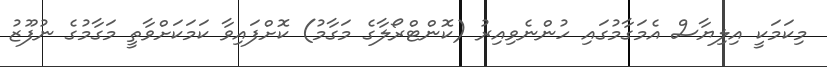
މިކަމަކީ އިލިޔާސް އެމަގާމުގައި ހުންނެވިއިރު (ކޮންޓްރޯލާގެ މަގާމު) ކޮށްފައިވާ ކަމަކަށްވާތީ މަގާމުގެ ނުފޫޒު